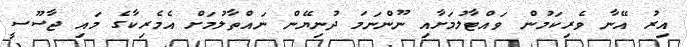
އިރު އޭނާ ވެރިކަމުން ވައްޓާލުމަށާއި ނޫންނަމަ ދުނިޔޭން ނައްތާލުމަށް އެމެރިކާގެ މައި ޖާސޫސީ